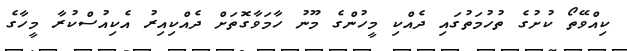
ކިއްވޭތޯ ކުށުގެ ތުހުމަތުގައި ދެއްކި މީހުންގެ މޫނު ހާމަވާގޮތަށް ދެއްކިއިރު އެކިއުސްކުރާ މީހާގެ